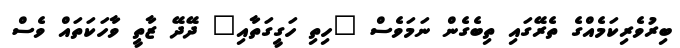
ބިރުވެރިކަމެއްގެ ތެރޭގައި ތިބެގެން ނަމަވެސް "ހިތި ހަގީގަތާއި" ދޭދޭ ޒާތީ ވާހަކަތައް ވެސް